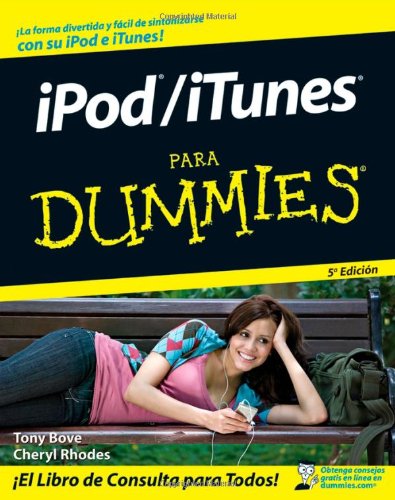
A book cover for iPod / iTunes Para Dummies (Spanish Edition); Tony Bove; Computers & Technology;